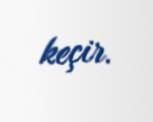
keçir.